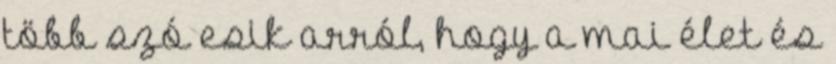
több szó esik arról, hogy a mai élet és